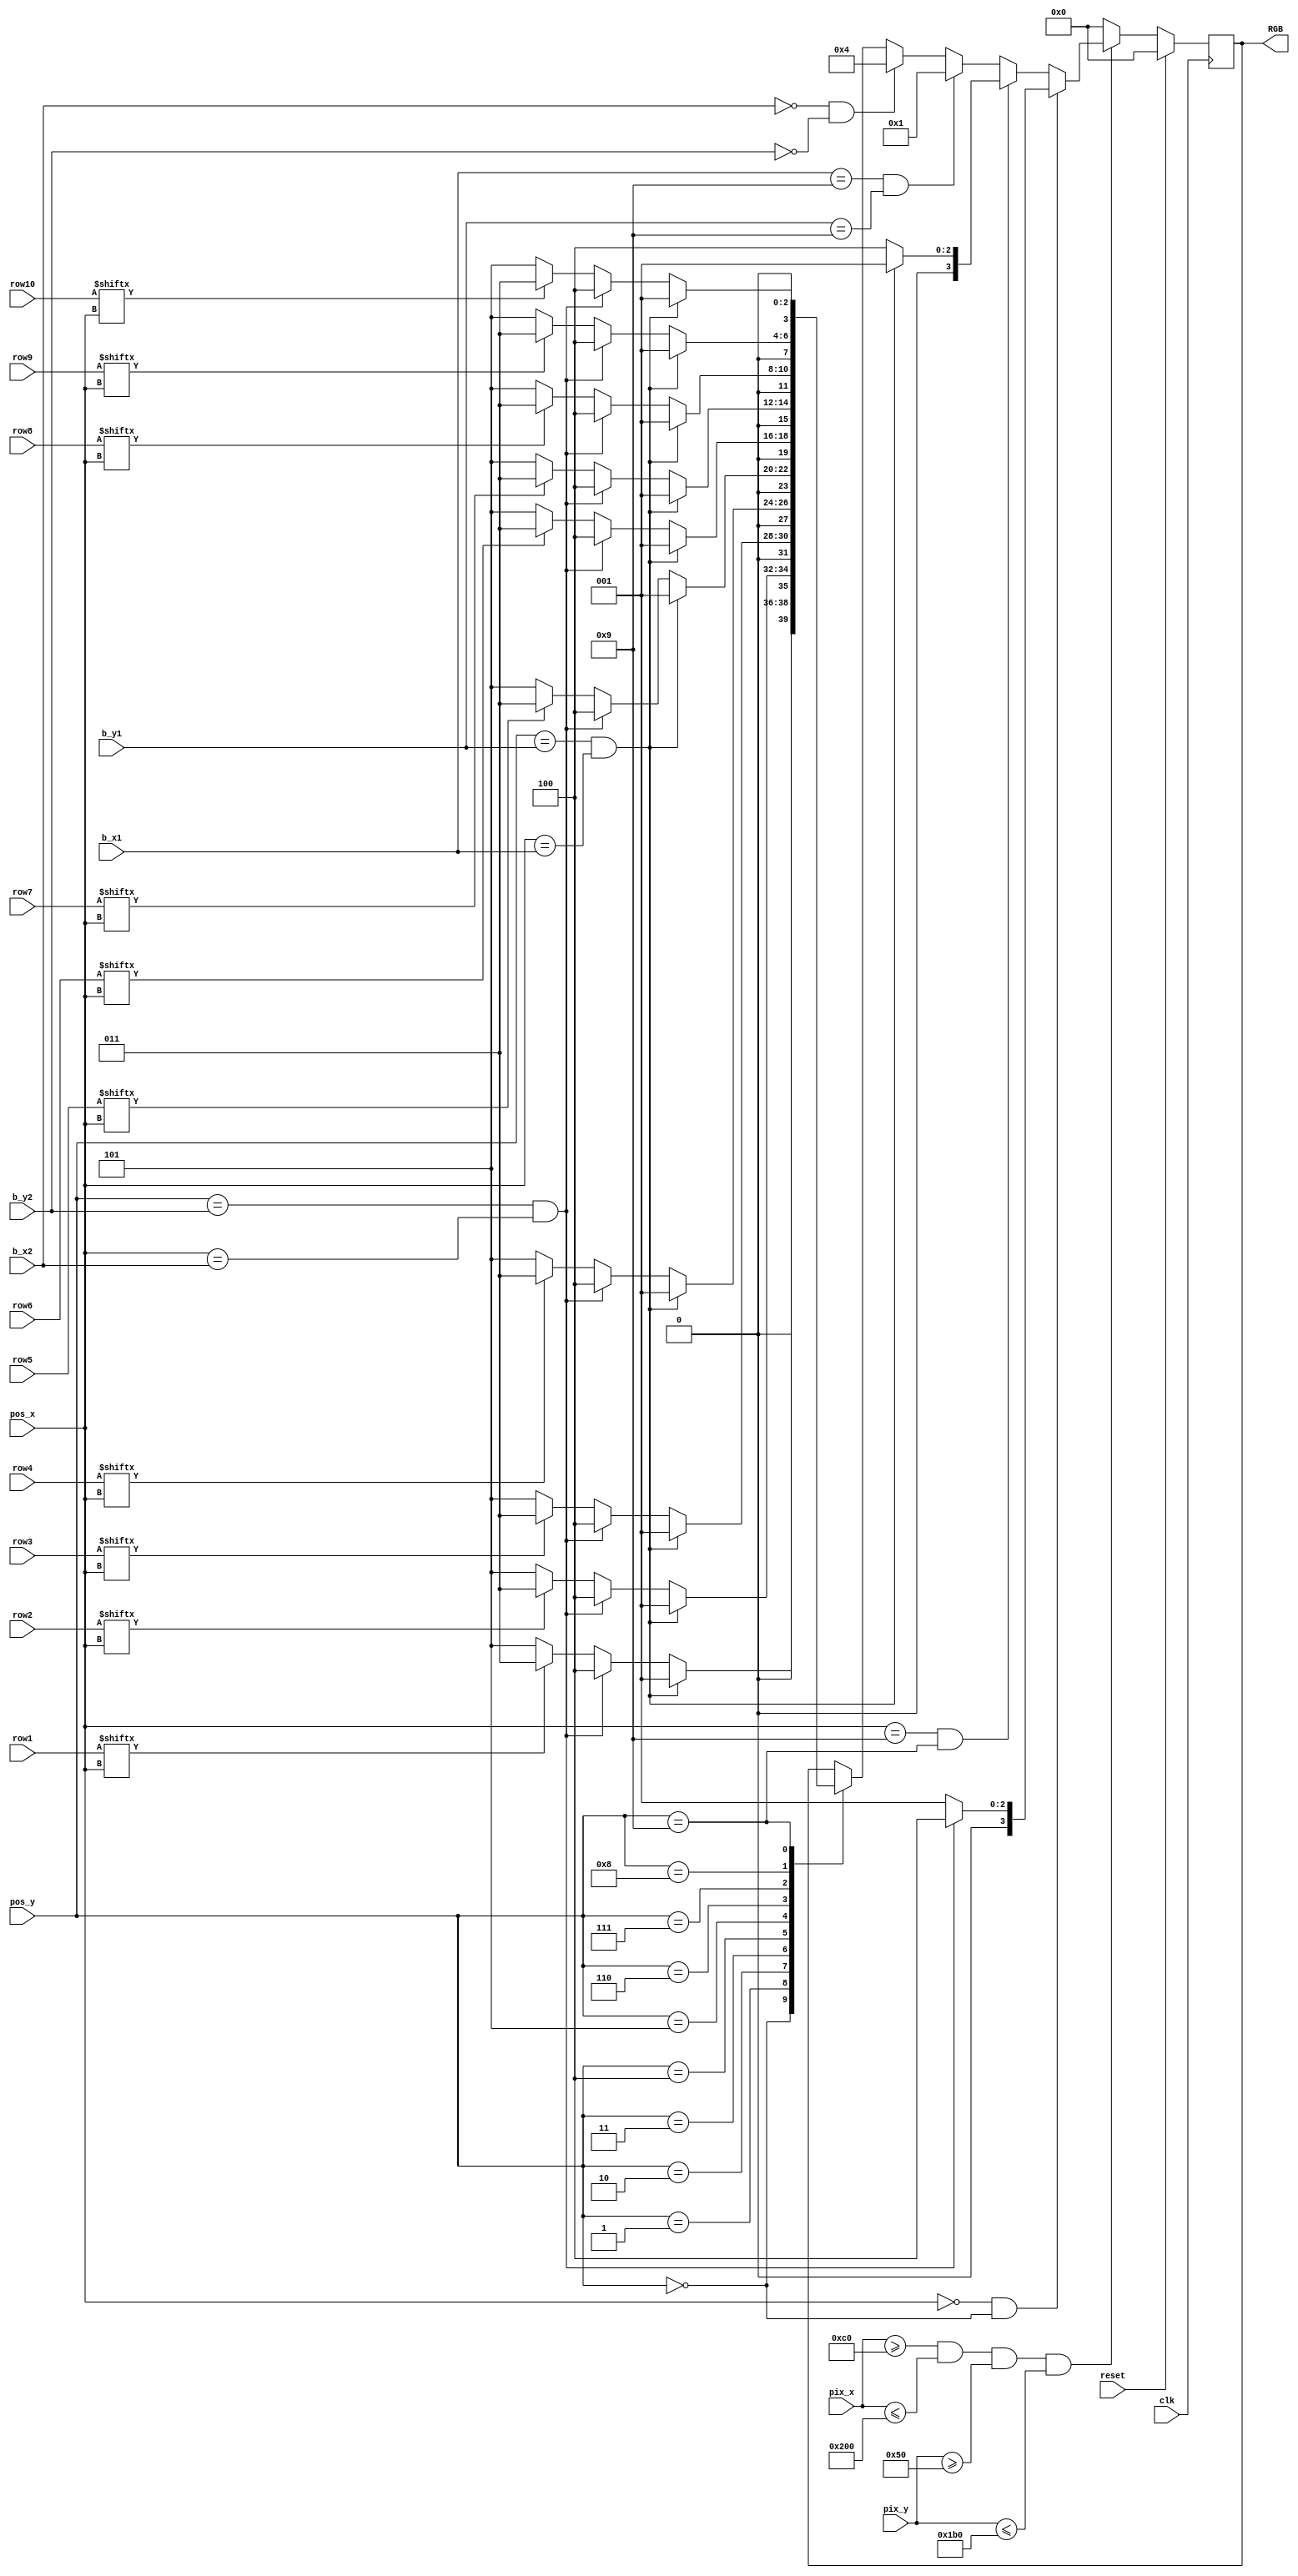
`timescale 1ns / 1ps
//////////////////////////////////////////////////////////////////////////////////
// Company: 
// Engineer: 
// 
// Design Name: 
// Module Name:    vga_test 
// Project Name: 
// Target Devices: 
// Tool versions: 
// Description: 
//
// Dependencies: 
//
// Revision: 
// Revision 0.01 - File Created
// Additional Comments: 
//
//////////////////////////////////////////////////////////////////////////////////
module vga_RGB#(parameter N=10)(
	input clk,reset,
	input wire [9:0] pix_x,pix_y,
	input wire [3:0] pos_x,pos_y,
	input wire [3:0] b_x1, b_y1,b_x2,b_y2,
	input wire [N:0] row1,row2,row3,row4,row5,row6,row7,row8,row9,row10,
	output wire [3:0] RGB
	
	
    );
	 
	 
	 
	 reg [3:0] rgb_reg;
	 wire R_WON,B_WON;
	 
	 assign R_WON= ((b_x1==9) && (b_y1==9));
	 assign B_WON= ((b_x2==0) && (b_y2==0));
	 
	 
	
		
		always@(posedge clk)
		if(reset)
		begin
			rgb_reg<=0;
			
		end
		else
		begin
			if(pix_x>=192 && pix_x<=512 && pix_y>=80 && pix_y<=432)
			begin
				if(pos_x==0 && pos_y==0)
					if(pos_x==b_x2 && pos_y==b_y2)
						rgb_reg<=3'b100;
					else
						rgb_reg<=3'b001;
				else if(pos_x==9 && pos_y==9)
					if(pos_x==b_x1 && pos_y==b_y1)
						rgb_reg<=3'b001;
					else
						rgb_reg<=3'b100; 
				else if(R_WON)
						rgb_reg<=3'b001;
				else if(B_WON)
						rgb_reg<=3'b100;
				else begin
					case(pos_y)
						4'b0000:
							begin
							if( pos_y==b_y1 && pos_x==b_x1)
								rgb_reg<=3'b001;
							else if( pos_y==b_y2 && pos_x==b_x2)
								rgb_reg<=3'b100;
							else
							begin
								if(row1[pos_x]==0 )
									rgb_reg<=3'b101;
								else
									rgb_reg<=3'b011;
								
							end
								
							end
						4'b0001:
							begin
							if( pos_y==b_y1 && pos_x==b_x1)
								rgb_reg<=3'b001;
							else if( pos_y==b_y2 && pos_x==b_x2)
								rgb_reg<=3'b100;
							else
							begin
								if(row2[pos_x]==0 )
									rgb_reg<=3'b101;
								else
									rgb_reg<=3'b011;
								
							end
								
							end
						4'b0010:
							begin
							if( pos_y==b_y1 && pos_x==b_x1)
								rgb_reg<=3'b001;
							else if( pos_y==b_y2 && pos_x==b_x2)
								rgb_reg<=3'b100;
							else
							begin
								if(row3[pos_x]==0 )
									rgb_reg<=3'b101;
								else
									rgb_reg<=3'b011;
								
							end
								
							end
						4'b0011:
							begin
							if( pos_y==b_y1 && pos_x==b_x1)
								rgb_reg<=3'b001;
							else if( pos_y==b_y2 && pos_x==b_x2)
								rgb_reg<=3'b100;
							else
							begin
								if(row4[pos_x]==0 )
									rgb_reg<=3'b101;
								else
									rgb_reg<=3'b011;
								
							end
								
							end
						4'b0100:
							begin
							if( pos_y==b_y1 && pos_x==b_x1)
								rgb_reg<=3'b001;
							else if( pos_y==b_y2 && pos_x==b_x2)
								rgb_reg<=3'b100;
							else
							begin
								if(row5[pos_x]==0 )
									rgb_reg<=3'b101;
								else
									rgb_reg<=3'b011;
								
							end
								
							end
						4'b0101:
							begin
							if( pos_y==b_y1 && pos_x==b_x1)
								rgb_reg<=3'b001;
							else if( pos_y==b_y2 && pos_x==b_x2)
								rgb_reg<=3'b100;
							else
							begin
								if(row6[pos_x]==0 )
									rgb_reg<=3'b101;
								else
									rgb_reg<=3'b011;
								
							end
								
							end
						4'b0110:
							begin
							if( pos_y==b_y1 && pos_x==b_x1)
								rgb_reg<=3'b001;
							else if( pos_y==b_y2 && pos_x==b_x2)
								rgb_reg<=3'b100;
							else
							begin
								if(row7[pos_x]==0 )
									rgb_reg<=3'b101;
								else
									rgb_reg<=3'b011;
								
							end
								
							end
						4'b0111:
							begin
							if( pos_y==b_y1 && pos_x==b_x1)
								rgb_reg<=3'b001;
							else if( pos_y==b_y2 && pos_x==b_x2)
								rgb_reg<=3'b100;
							else
							begin
								if(row8[pos_x]==0 )
									rgb_reg<=3'b101;
								else
									rgb_reg<=3'b011;
								
							end
								
							end
						4'b1000:
							begin
							if( pos_y==b_y1 && pos_x==b_x1)
								rgb_reg<=3'b001;
							else if( pos_y==b_y2 && pos_x==b_x2)
								rgb_reg<=3'b100;
							else
							begin
								if(row9[pos_x]==0 )
									rgb_reg<=3'b101;
								else
									rgb_reg<=3'b011;
								
							end
								
							end
						4'b1001:
							begin
							if( pos_y==b_y1 && pos_x==b_x1)
								rgb_reg<=3'b001;
							else if( pos_y==b_y2 && pos_x==b_x2)
								rgb_reg<=3'b100;
							else
							begin
								if(row10[pos_x]==0 )
									rgb_reg<=3'b101;
								else
									rgb_reg<=3'b011;
								
							end
								
							end
						endcase
					end
			end
			else
				rgb_reg<=0;
		end
		
		
		
	
	assign RGB=rgb_reg;
	
endmodule